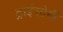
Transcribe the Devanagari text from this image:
ट्राईसोमी